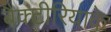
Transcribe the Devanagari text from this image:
बैक्टीरियाके